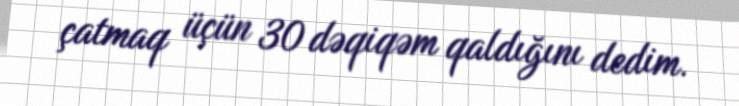
çatmaq üçün 30 dəqiqəm qaldığını dedim.